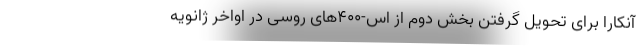
آنکارا برای تحویل گرفتن بخش دوم از اس-۴۰۰های روسی در اواخر ژانویه